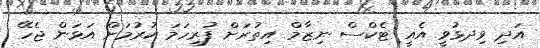
އަދި ވިދޅުވީ އެއީ ޓެކްސް ނިޒާމް އިތުރަށް ފުރިހަމަ ކުރުމަށް އަޅަން ޖެހޭ